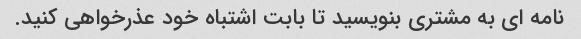
نامه ای به مشتری بنویسید تا بابت اشتباه خود عذرخواهی کنید.